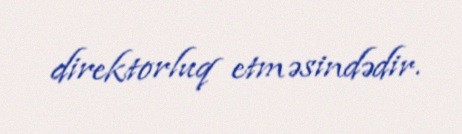
direktorluq etməsindədir.